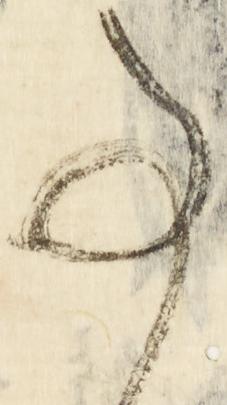
事